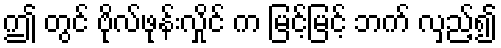
ဤ တွင် ဗိုလ်ဖုန်းလှိုင် က မြင့်မြင့် ဘက် လှည့်၍